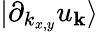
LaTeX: |\partial_{k_{x,y}}u_{\mathbf{k}}\rangle